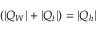
( | Q _ { W } | + | Q _ { t } | ) = | Q _ { h } |